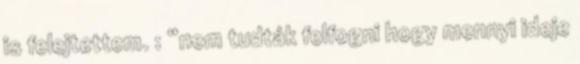
is felejtettem. : “nem tudták felfogni hogy mennyi ideje